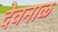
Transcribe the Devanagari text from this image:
देवनाळ